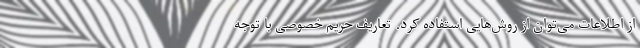
از اطلاعات می‌توان از روش‌هایی استفاده کرد. تعاریف حریم خصوصی با توجه